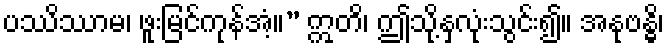
ပဿိဿာမ၊ ဖူးမြင်ကုန်အံ့။” ဣတိ၊ ဤသို့နှလုံးသွင်း၍။ အနုဗန္ဓိ၊